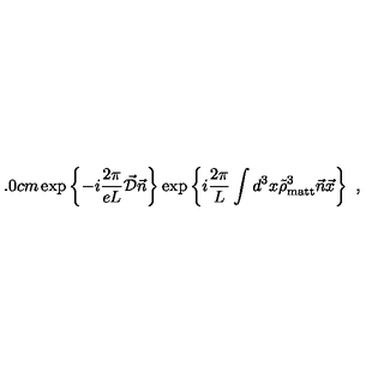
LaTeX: \hspace { 5 . 0 c m } \exp \left\{ - i \frac { 2 \pi } { e L } \vec { \cal D } \vec { n } \right\} \exp \left\{ i \frac { 2 \pi } { L } \int d ^ { 3 } x \tilde { \rho } _ { \mathrm { m a t t } } ^ { 3 } \vec { n } \vec { x } \right\} \ ,